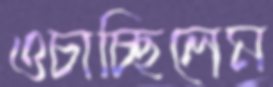
ওচাচ্ছিলেম